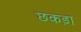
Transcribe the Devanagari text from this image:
छकड़ा